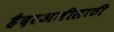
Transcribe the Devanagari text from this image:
हैदरअलीसाठी